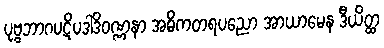
ပုဗ္ဗဘာဂပဋိပဒါဒိဝဏ္ဏနာ အဓိကတရပညော အာယာမေန ဒီယိတ္ထ